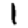
Digit: 1